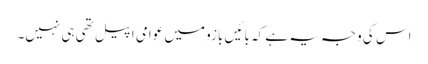
اس کی وجہ یہ ہے کہ بائیں بازو میں عوامی اپیل تھی ہی نہیں۔